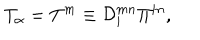
T _ { \alpha } = T ^ { m } \equiv { \cal D } _ { i } ^ { m n } \Pi ^ { i n } ,